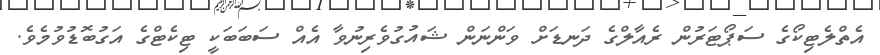
އެތްލެޓިކޯގެ ސަޕޯޓަރުން ރެއާލްގެ ދަނޑަށް ވަންނަން ޝައުގުވެރިނުވާ އެއް ސަބަބަކީ ޓިކެޓްގެ އަގުބޮޑުވުމެވެ.